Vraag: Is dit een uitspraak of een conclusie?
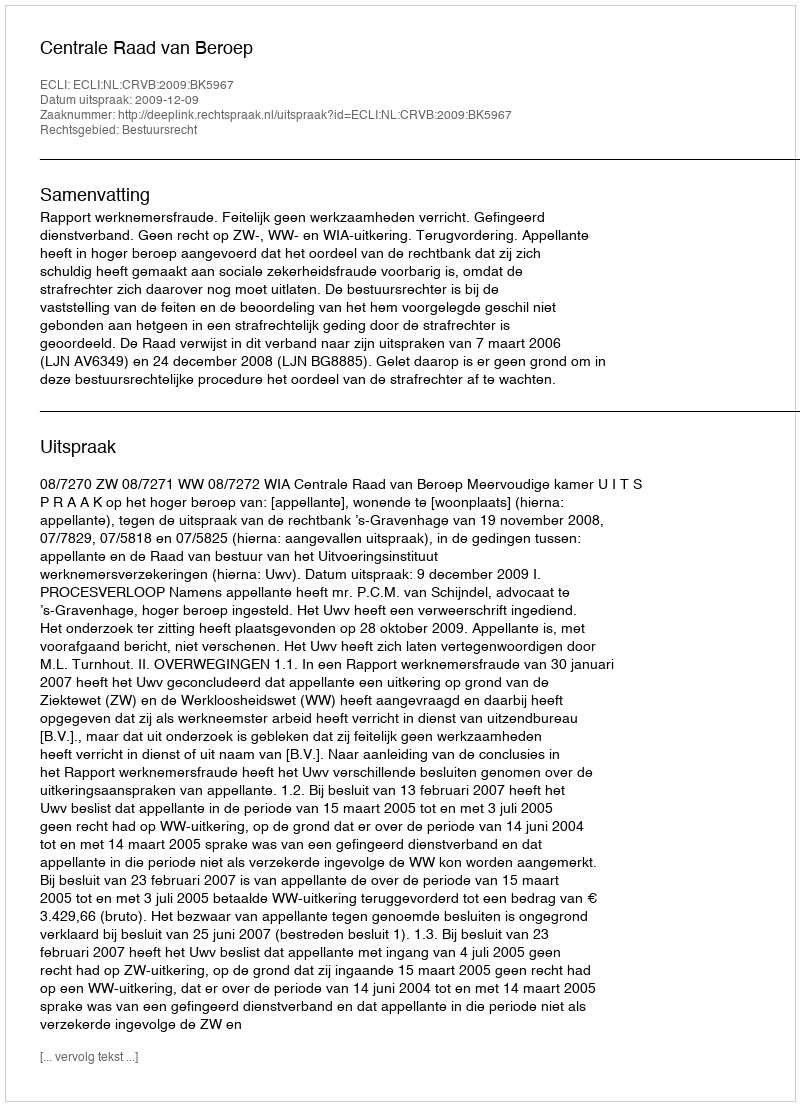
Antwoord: Uitspraak